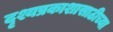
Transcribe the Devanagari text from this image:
दृश्यप्रकाशासाठीच्या